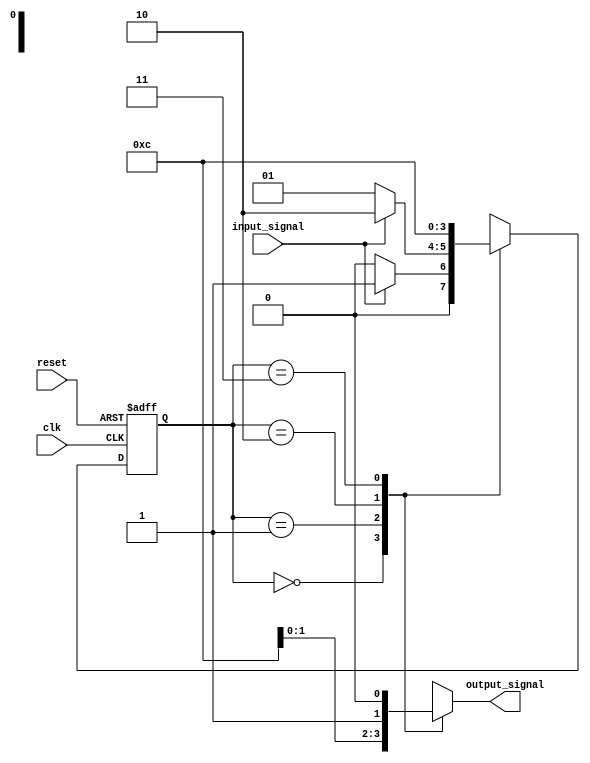
module MealyStateMachine (
    input clk,
    input reset,
    input input_signal,
    output reg output_signal
);

// State definitions
parameter S0 = 2'b00;
parameter S1 = 2'b01;
parameter S2 = 2'b10;
parameter S3 = 2'b11;

// Define state register
reg [1:0] state, next_state;

// Define output signal for each state
reg output_S0, output_S1, output_S2, output_S3;

// State transition logic
always @ (posedge clk or posedge reset) begin
    if (reset) begin
        state <= S0;
    end else begin
        state <= next_state;
    end
end

// Output generation logic
always @* begin
    case(state)
        S0: begin
            output_signal = output_S0;
            if (input_signal) begin
                next_state = S1;
            end else begin
                next_state = S0;
            end
        end
        S1: begin
            output_signal = output_S1;
            if (input_signal) begin
                next_state = S2;
            end else begin
                next_state = S1;
            end
        end
        S2: begin
            output_signal = output_S2;
            // Introduce a wait state
            next_state = S3;
        end
        S3: begin
            output_signal = output_S3;
            next_state = S0;
        end
    endcase
end

endmodule